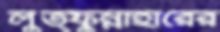
লুত্ফুন্নাহারের